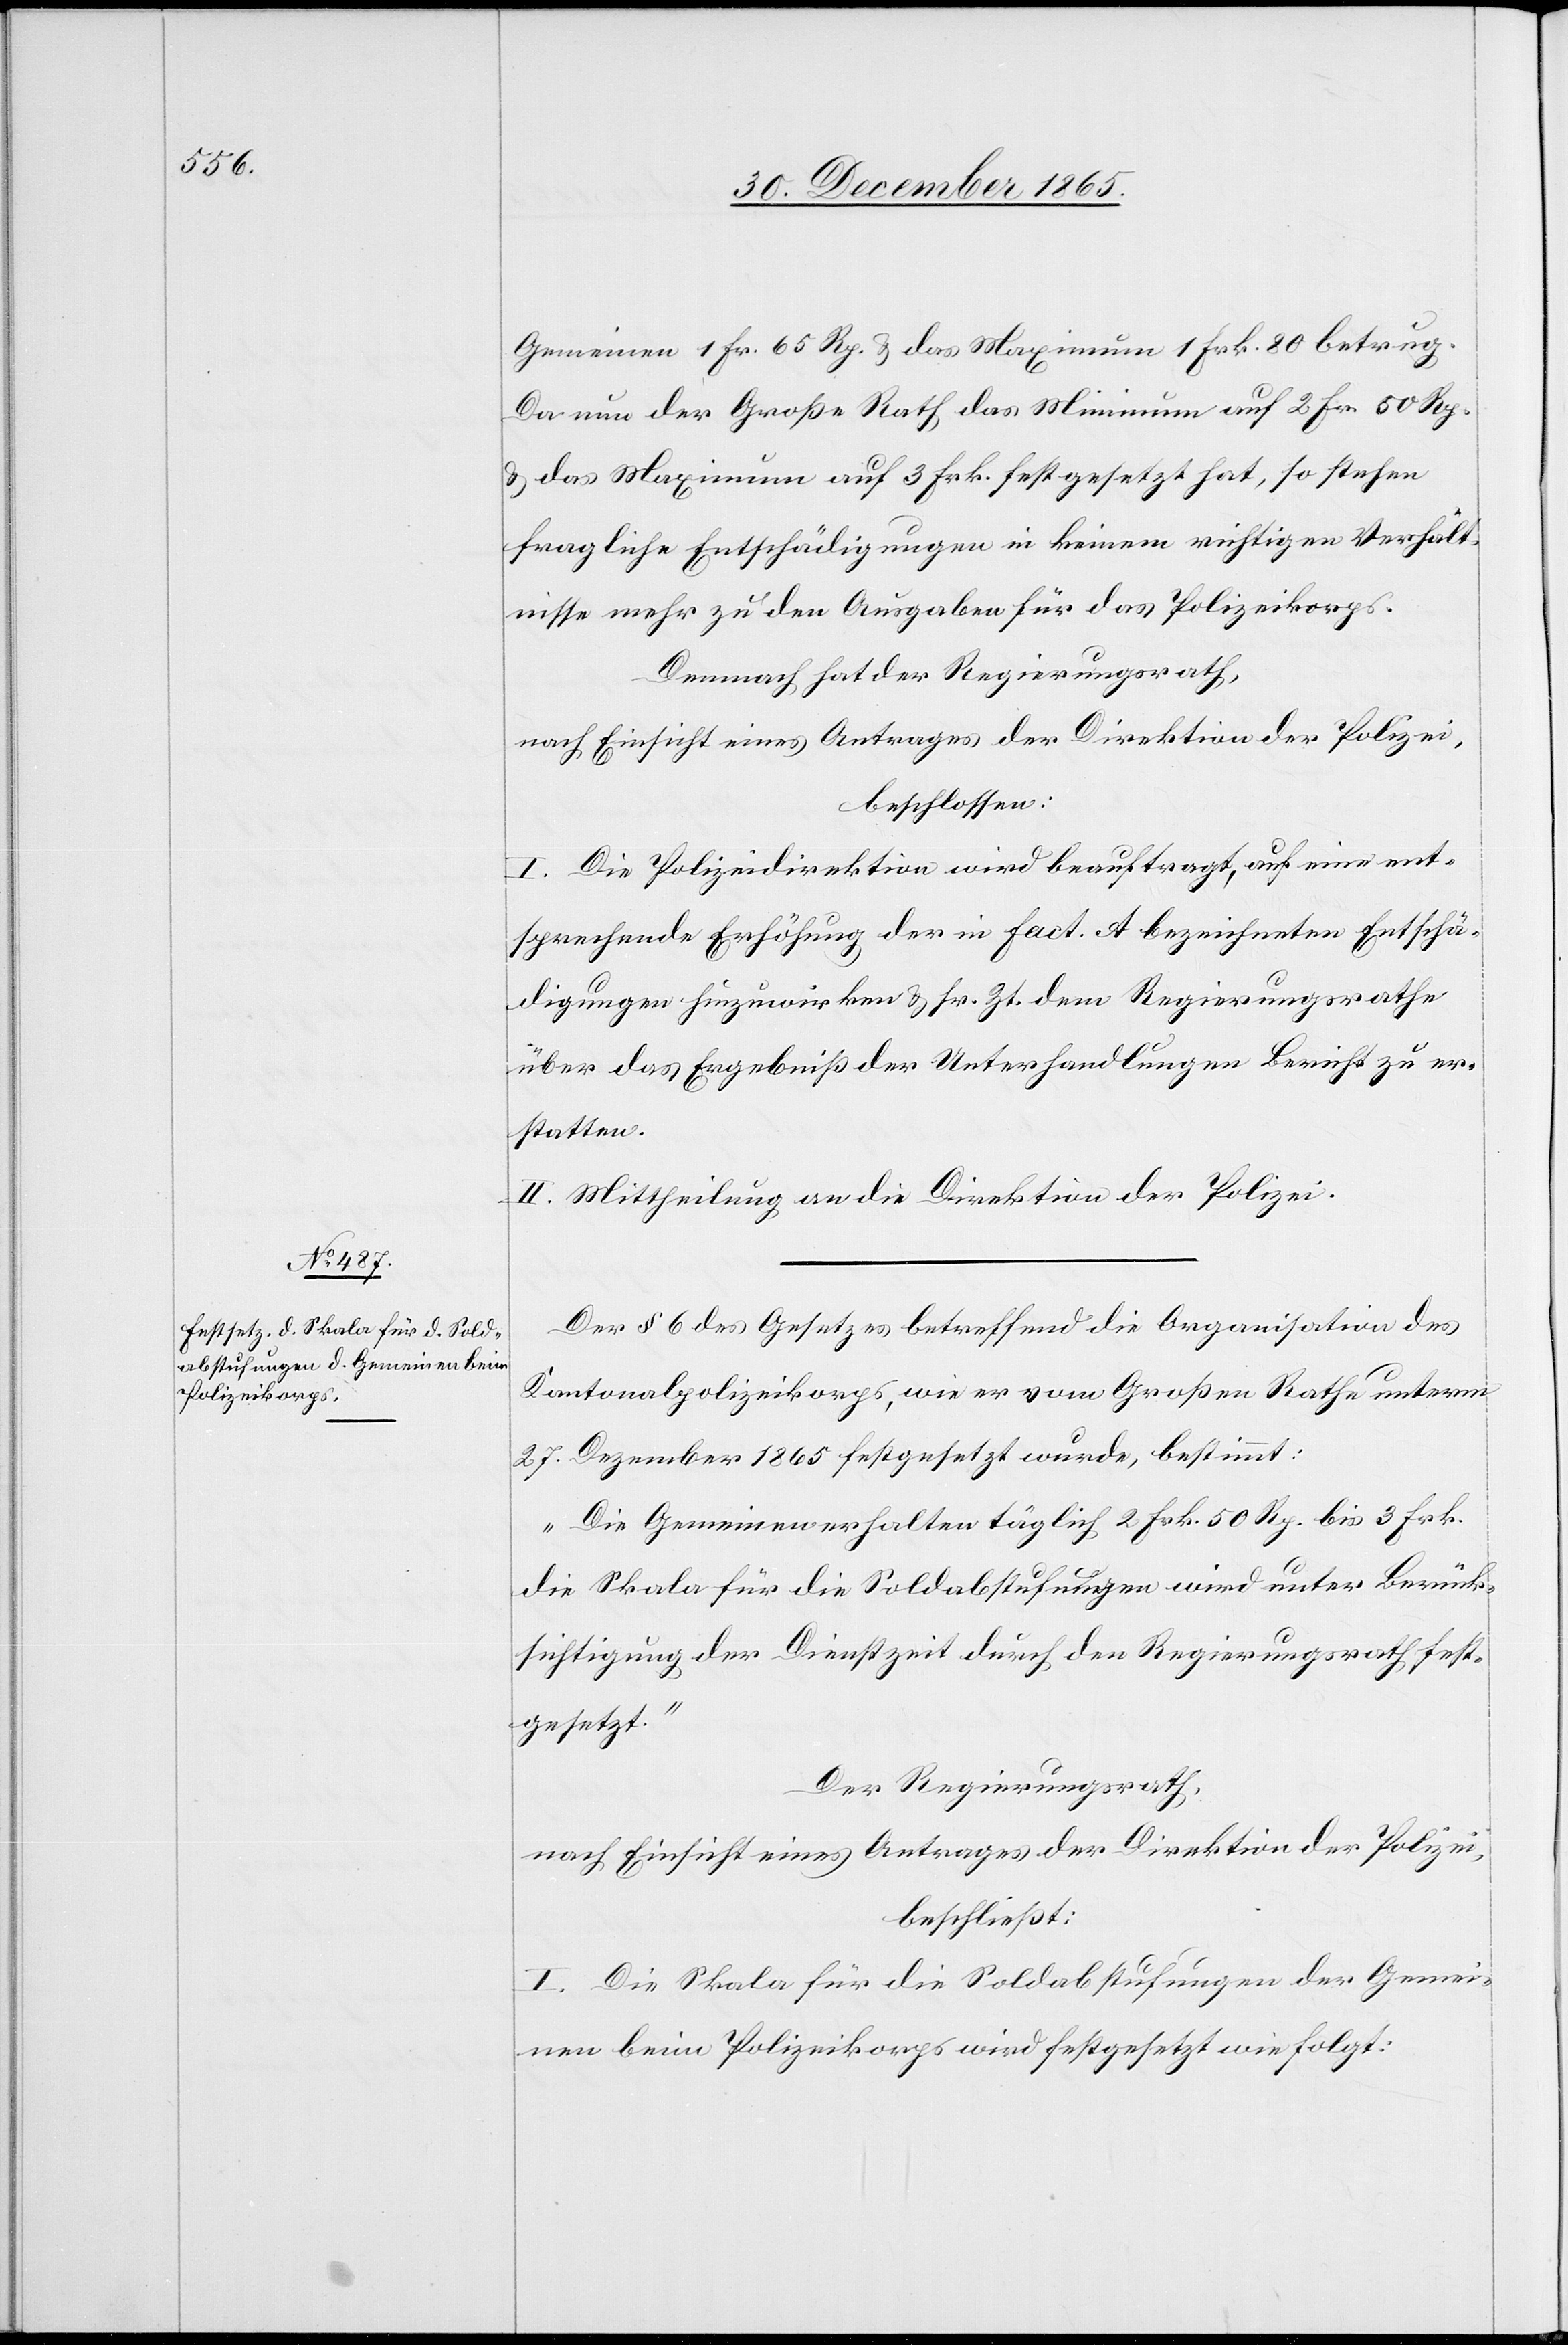
Gemeinen 1 Fr. 65 Rp. & das Maximum 1 Frk. 80 betrug.
Da nun der Große Rath das Minimum auf 2 Fr. 50 Rp.
& das Maximum auf 3 Frk. festgesetzt hat, so stehen
fraglichen Entschädigungen in keinem richtigen Verhält¬
nisse mehr zu den Ausgaben für das Polizeikorps.
Demnach hat der Regierungsrath,
nach Einsicht eines Antrages der Direktion der Polizei,
beschlossen:
I. Die Polizeidirektion wird beauftragt, auf eine ent¬
sprechende Erhöhung der in Fact. A [sic!] bezeichneten Entschä¬
digungen hinzuwirken & sr. Zt. dem Regierungsrathe
über das Ergebniß der Unterhandlungen Bericht zu er¬
statten.
II. Mittheilung an die Direktion der Polizei.
Der § 6 des Gesetzes betreffend die Organisation des
Kantonalpolizeikorps, wie er vom Großen Rathe unterm
27. Dezember 1865 festgesetzt wurde, bestimmt:
„Die Gemeinen erhalten täglich 2 Frk. 50 Rp. bis 3 Frk.
Die Skala für die Soldabstufungen wird unter Berück¬
sichtigung der Dienstzeit durch den Regierungsrath fest¬
gesetzt.“
Der Regierungsrath,
nach Einsicht eines Antrages der Direktion der Polizei,
beschließt:
I. Die Skala für die Soldabstufungen der Gemei¬
nen beim Polizeikorps wird festgesetzt wie folgt: